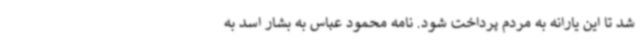
شد تا این یارانه به مردم پرداخت شود. نامه محمود عباس به بشار اسد به